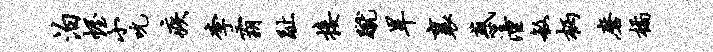
泊幄小吮疾李霸趾接蹴旱襄惑潼敏柄磨橘